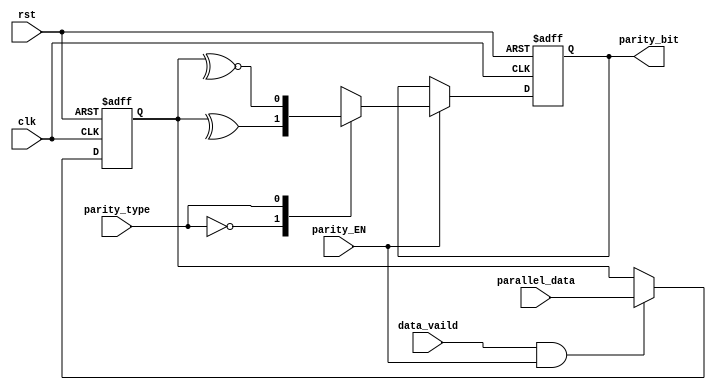

module parity_calculation  #(parameter in_width =3 )
(
input  wire                 data_vaild,
input  wire [in_width-1:0]  parallel_data,
input  wire                 parity_type,
input  wire                 parity_EN,
input  wire                 clk,
input  wire                 rst,
output reg                  parity_bit
);

localparam     even_parity = 1'd0 ,
               odd_parity  = 1'd1;


reg [in_width-1:0]  parallel_data_reg;
reg 		    parity_bit_reg;

always @(posedge clk or negedge rst) 
begin
if(!rst)
   parallel_data_reg<='d0;   
else if(data_vaild && parity_EN )
   parallel_data_reg<= parallel_data;
end

//TODO: thses 2 comming blocks important to aviod latch in case (use comb block and seq)  or(in case seq) using filpflop with enable (ff with if)
always @(*)
     begin
        if(parity_EN)
        begin
        case (parity_type)
            even_parity  : begin
                             parity_bit_reg = ^parallel_data_reg  ;
                            end
            odd_parity   : begin
                             parity_bit_reg =  ~^parallel_data_reg;
                            end
            default      : parity_bit_reg =1'd0 ; // in ideal state
        endcase
        end
        else
        parity_bit_reg = parity_bit;
    end

always @(posedge clk or negedge rst) 
begin
   if(!rst)
	parity_bit <=0;    
   else
	parity_bit <=parity_bit_reg;    
end
endmodule